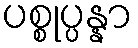
ပစ္စုပ္ပန္နာ